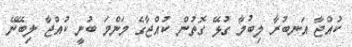
ކުއްޖާ އަނބުރާ ލިބުމާ ގުޅޭ ގޮތުން ކުއްޖާގެ މަންމަ ބުނީ ކުއްޖާ ލިބޭނޭ